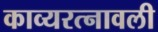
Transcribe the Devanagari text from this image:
काव्यरत्नावली